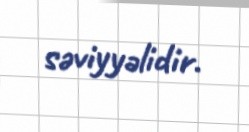
səviyyəlidir.